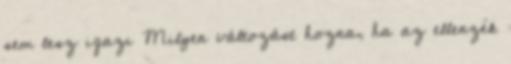
sem lesz igazi Milyen változást hozna, ha az ellenzék